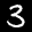
Label: 3